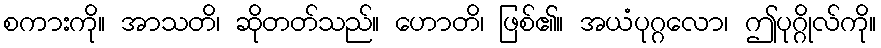
စကားကို။ အာသတိ၊ ဆိုတတ်သည်။ ဟောတိ၊ ဖြစ်၏။ အယံပုဂ္ဂလော၊ ဤပုဂ္ဂိုလ်ကို။